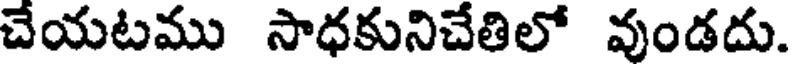
చేయటము సాధకునిచేతిలో వుండదు.